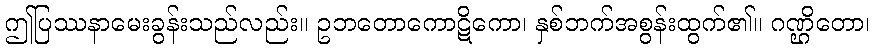
ဤပြဿနာမေးခွန်းသည်လည်း။ ဥဘတောကောဋိကော၊ နှစ်ဘက်အစွန်းထွက်၏။ ဂဏ္ဌိတော၊